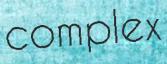
complex